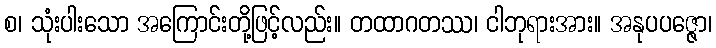
စ၊ သုံးပါးသော အကြောင်းတို့ဖြင့်လည်း။ တထာဂတဿ၊ ငါဘုရားအား။ အနုပပဇ္ဇော၊